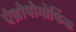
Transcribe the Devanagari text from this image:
एंथ्रोपोमोर्फिक